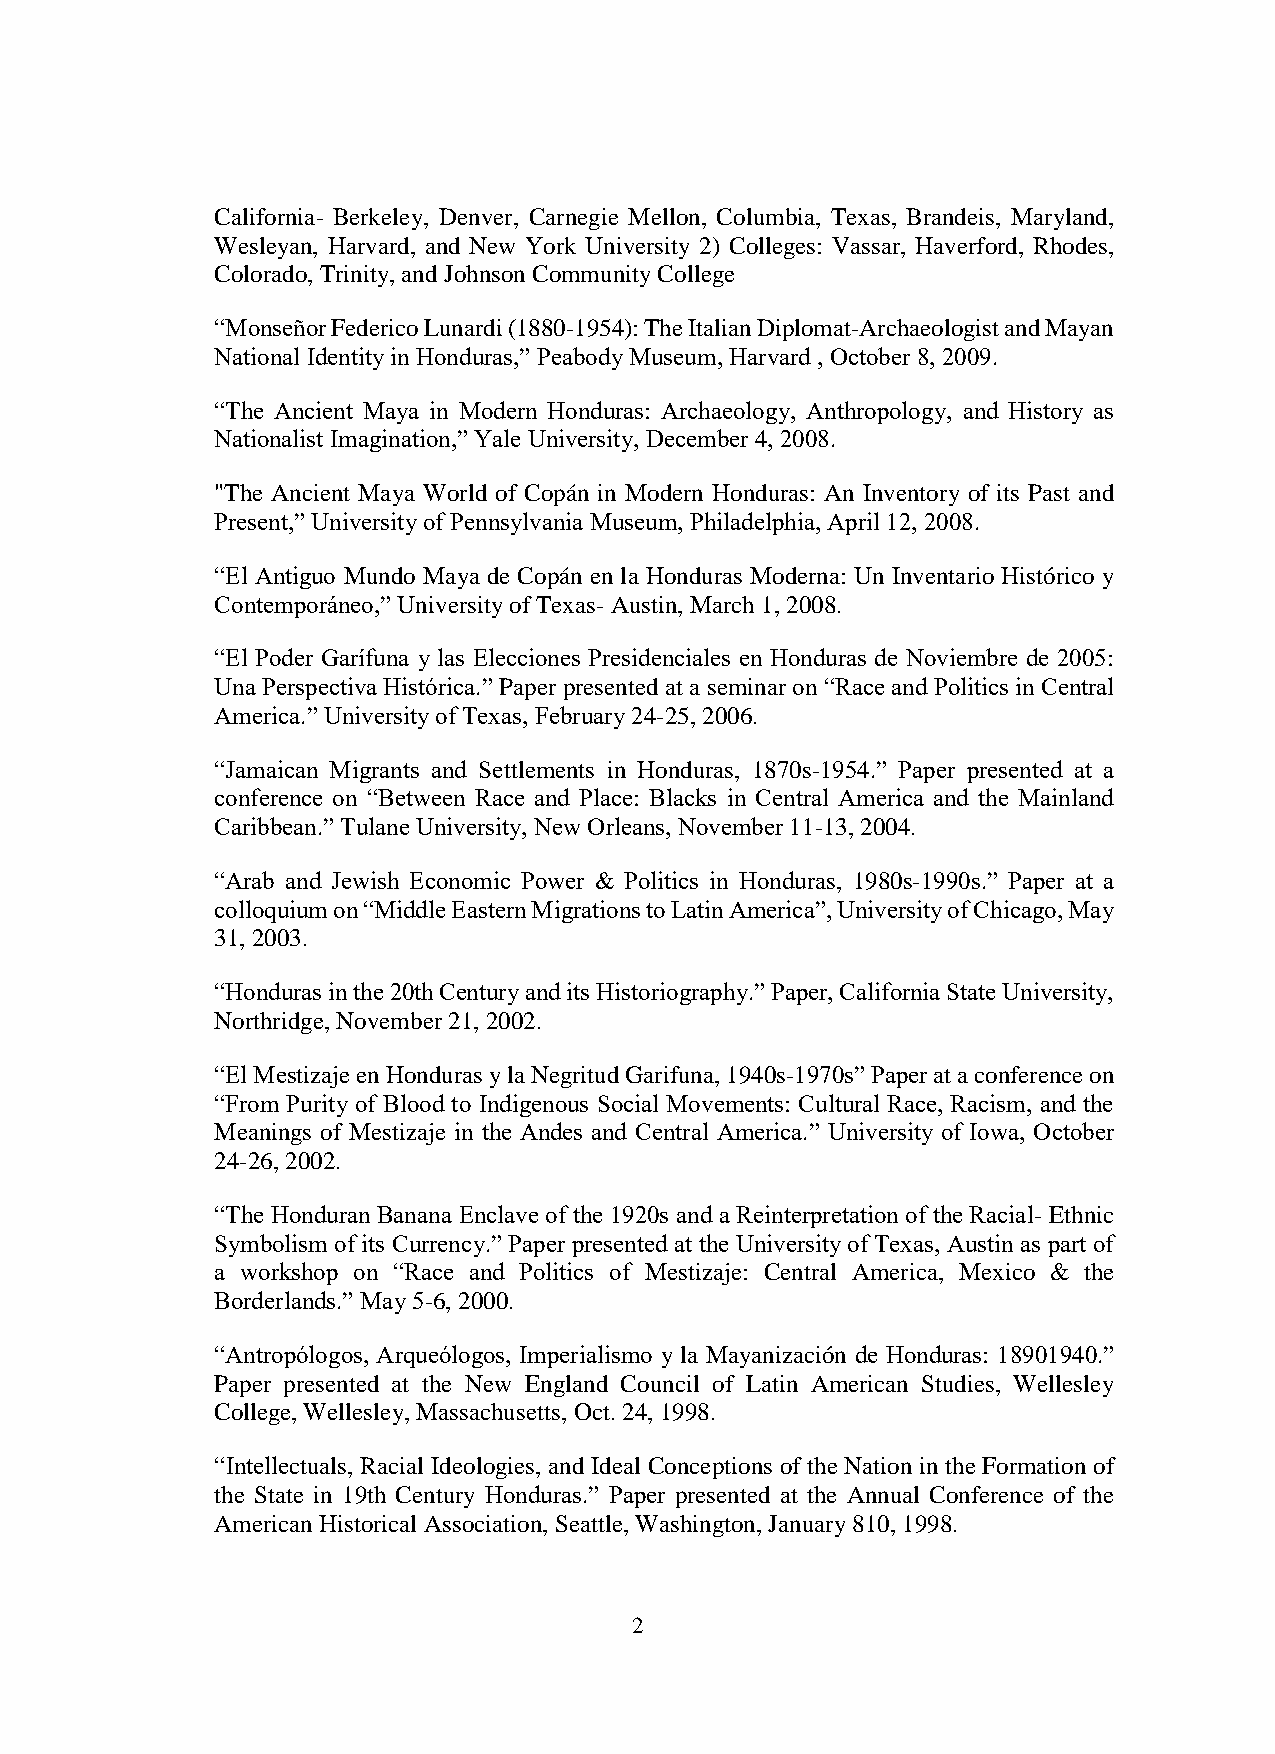
California- Berkeley, Denver, Carnegie Mellon, Columbia, Texas, Brandeis, Maryland,
 Wesleyan, Harvard, and New York University 2) Colleges: Vassar, Haverford, Rhodes,
 Colorado, Trinity, and Johnson Community College
 “Monseñor Federico Lunardi (1880-1954): The Italian Diplomat-Archaeologist and Mayan
 National Identity in Honduras,” Peabody Museum, Harvard , October 8, 2009.
 “The Ancient Maya in Modern Honduras: Archaeology, Anthropology, and History as
 Nationalist Imagination,” Yale University, December 4, 2008.
 "The Ancient Maya World of Copán in Modern Honduras: An Inventory of its Past and
 Present,” University of Pennsylvania Museum, Philadelphia, April 12, 2008.
 “El Antiguo Mundo Maya de Copán en la Honduras Moderna: Un Inventario Histórico y
 Contemporáneo,” University of Texas- Austin, March 1, 2008.
 “El Poder Garífuna y las Elecciones Presidenciales en Honduras de Noviembre de 2005:
 Una Perspectiva Histórica.” Paper presented at a seminar on “Race and Politics in Central
 America.” University of Texas, February 24-25, 2006.
 “Jamaican Migrants and Settlements in Honduras, 1870s-1954.” Paper presented at a
 conference on “Between Race and Place: Blacks in Central America and the Mainland
 Caribbean.” Tulane University, New Orleans, November 11-13, 2004.
 “Arab and Jewish Economic Power & Politics in Honduras, 1980s-1990s.” Paper at a
 colloquium on “Middle Eastern Migrations to Latin America”, University of Chicago, May
 31, 2003.
 “Honduras in the 20th Century and its Historiography.” Paper, California State University,
 Northridge, November 21, 2002.
 “El Mestizaje en Honduras y la Negritud Garifuna, 1940s-1970s” Paper at a conference on
 “From Purity of Blood to Indigenous Social Movements: Cultural Race, Racism, and the
 Meanings of Mestizaje in the Andes and Central America.” University of Iowa, October
 24-26, 2002.
 “The Honduran Banana Enclave of the 1920s and a Reinterpretation of the Racial- Ethnic
 Symbolism of its Currency.” Paper presented at the University of Texas, Austin as part of
 a workshop on “Race and Politics of Mestizaje: Central America, Mexico & the
 Borderlands.” May 5-6, 2000.
 “Antropólogos, Arqueólogos, Imperialismo y la Mayanización de Honduras: 18901940.”
 Paper presented at the New England Council of Latin American Studies, Wellesley
 College, Wellesley, Massachusetts, Oct. 24, 1998.
 “Intellectuals, Racial Ideologies, and Ideal Conceptions of the Nation in the Formation of
 the State in 19th Century Honduras.” Paper presented at the Annual Conference of the
 American Historical Association, Seattle, Washington, January 810, 1998.
 2